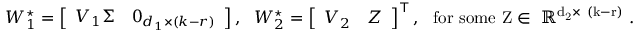
\begin{array} { r } { W _ { 1 } ^ { \star } = \left[ \begin{array} { l l } { V _ { 1 } \Sigma } & { 0 _ { d _ { 1 } \times ( k - r ) } } \end{array} \right] , \ \ W _ { 2 } ^ { \star } = \left[ \begin{array} { l l } { V _ { 2 } } & { Z } \end{array} \right] ^ { \top } , \ \ \mathrm { f o r ~ s o m e ~ Z \in ~ \mathbb { R } ^ { d _ 2 \times ~ ( k - r ) } ~ . } } \end{array}